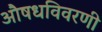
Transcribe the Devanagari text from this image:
औषधविवरणी